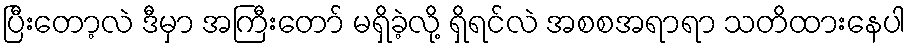
ပြီးတော့လဲ ဒီမှာ အကြီးတော် မရှိခဲ့လို့ ရှိရင်လဲ အစစအရာရာ သတိထားနေပါ